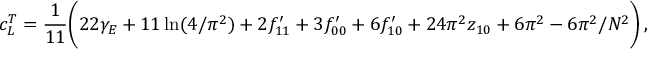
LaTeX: c _ { L } ^ { T } = { \frac { 1 } { 1 1 } } \biggl ( 2 2 \gamma _ { E } + 1 1 \ln ( 4 / \pi ^ { 2 } ) + 2 f _ { 1 1 } ^ { \prime } + 3 f _ { 0 0 } ^ { \prime } + 6 f _ { 1 0 } ^ { \prime } + 2 4 \pi ^ { 2 } z _ { 1 0 } + 6 \pi ^ { 2 } - 6 \pi ^ { 2 } / N ^ { 2 } \biggr ) \, ,